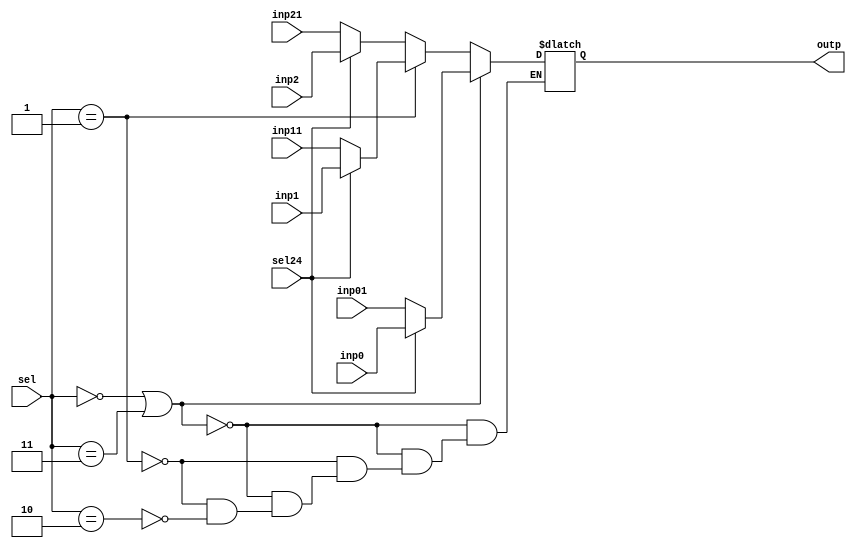
`timescale 1ns / 1ps
//////////////////////////////////////////////////////////////////////////////////
// Company: 
// Engineer: 
// 
// Design Name: 
// Module Name:    mux3 
// Project Name: 
// Target Devices: 
// Tool versions: 
// Description: 
//
// Dependencies: 
//
// Revision: 
// Revision 0.01 - File Created
// Additional Comments: 
//
//////////////////////////////////////////////////////////////////////////////////
module mux3(output reg [3:0] outp, input [3:0]inp0, inp01, inp1, inp11, inp2, inp21, input [1:0] sel, input sel24);
	always@(*)
	begin
		if(sel==0 || sel==3) outp = (sel24==1)? inp0:inp01;
		else if(sel==1) outp = (sel24==1)? inp1:inp11;
		else if (sel == 2) outp = (sel24==1)? inp2:inp21;	
	end
endmodule